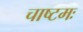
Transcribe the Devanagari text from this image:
चाष्टमः